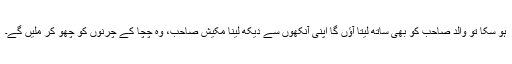
ہو سکا تو والد صاحب کو بھی ساتھ لیتا آؤں گا اپنی آنکھوں سے دیکھ لینا مکیش صاحب، وہ چچا کے چرنوں کو چھو کر ملیں گے۔